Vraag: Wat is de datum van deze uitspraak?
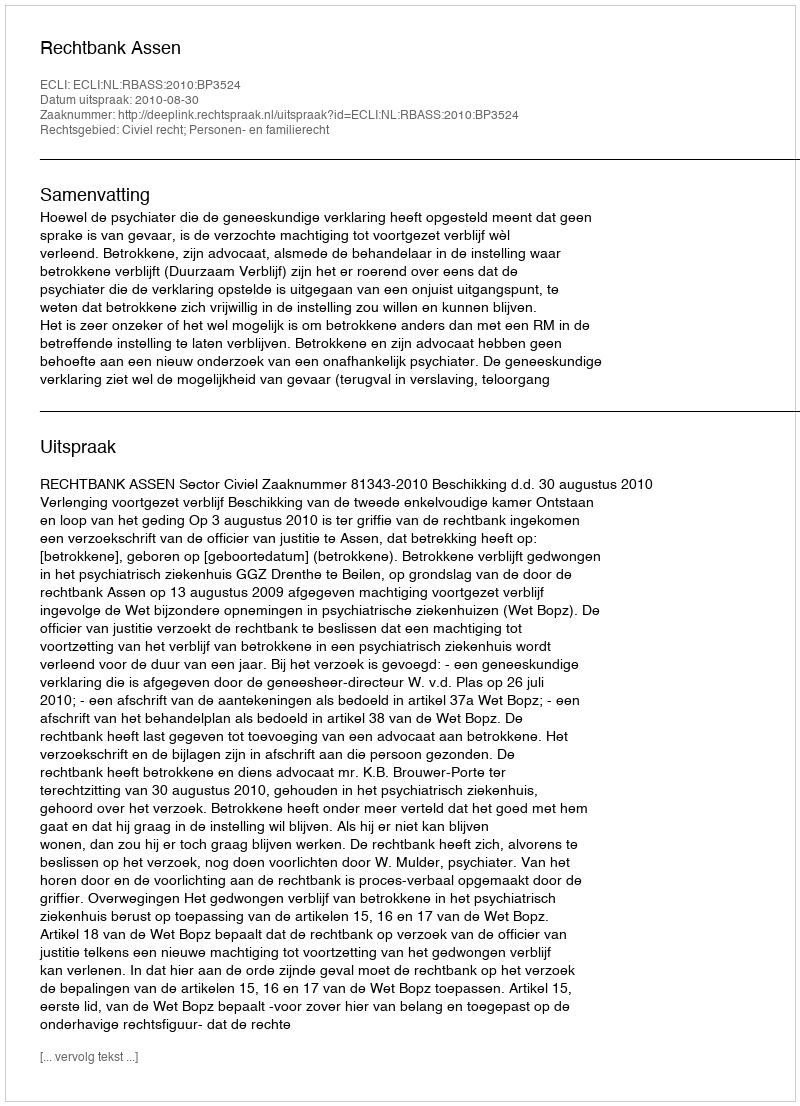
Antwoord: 2010-08-30